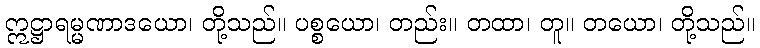
ဣဋ္ဌာရမ္မဏာဒယော၊ တို့သည်။ ပစ္စယော၊ တည်း။ တထာ၊ တူ။ တယော၊ တို့သည်။